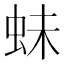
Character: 𧉿